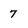
Character: 7